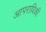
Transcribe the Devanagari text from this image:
आपराधिकी